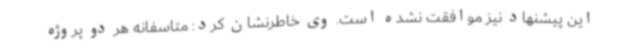
این پیشنهاد نیز موافقت نشده است. وی خاطرنشان کرد: متاسفانه هر دو پروژه